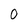
Character: 0